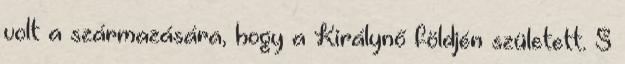
volt a származására, hogy a Királynő földjén született. S